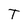
Character: T